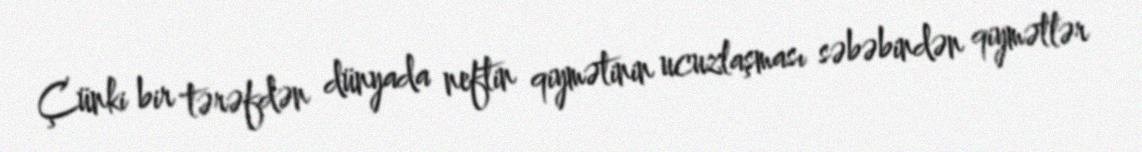
Çünki bir tərəfdən dünyada neftin qiymətinin ucuzlaşması səbəbindən qiymətlər